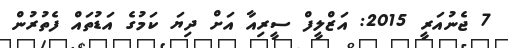
7 ޖެނުއަރީ 2015: އަޒްލީފް ސީރިއާ އަށް ދިޔަ ކަމުގެ އަޑުތައް ފެތުރުން